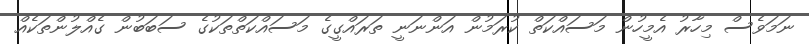
ނަމަވެސް މިހާރު އެމީހުން މަސައްކަތް ކުރަމުން އަންނަނީ ތަރައްގީގެ މަސައްކަތްތަކުގެ ސަބަބުން ގެއްލުންތަކެއް